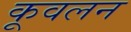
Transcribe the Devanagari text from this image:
कूवलन